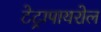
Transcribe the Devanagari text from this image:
टेट्रापायरोल